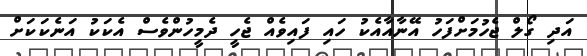
އަދި ގޯލް ޖެހުމަށްފަހު އޭނާއާއެކު ހައި ފައިވެއް ޖެހީ ދެމީހުންވެސް އެކަކު އަނެކަކަށް